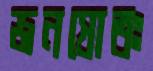
জনস্রোতঃ